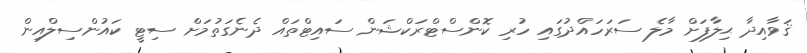
ޤަވާއިދާ ޙިލާފަށް މާލެ ސަރަހައްދުގައި ހުރި ކޮންސްޓްރަކްޝަން ސައިޓްތައް ދެނެގަތުމަށް ސިޓީ ކައުންސިލްއިން